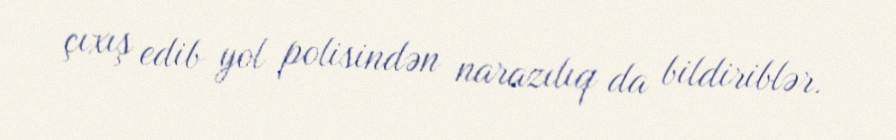
çıxış edib yol polisindən narazılıq da bildiriblər.